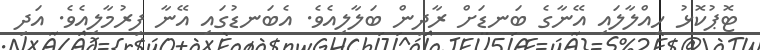
ޓޮޕުކޮޅު ހިއްލާލައި އޭނާގެ ބަނޑަށް ރާދިން ބަލާލިއެވެ. އެބަނޑުގައި އޭނާ ފިރުމާލިއެވެ. އަދި